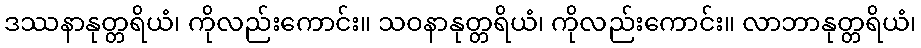
ဒဿနာနုတ္တရိယံ၊ ကိုလည်းကောင်း။ သဝနာနုတ္တရိယံ၊ ကိုလည်းကောင်း။ လာဘာနုတ္တရိယံ၊